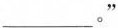
___。”